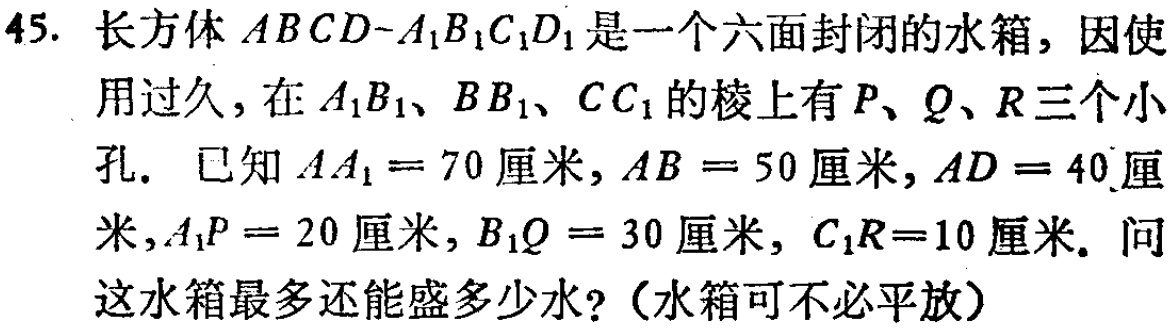
45. 长方体 \(ABCD - A_{1}B_{1}C_{1}D_{1}\) 是一个六面封闭的水箱，因使用过久，在 \(A_{1}B_{1}\)、\(BB_{1}\)、\(CC_{1}\) 的棱上有 \(P\)、\(Q\)、\(R\) 三个小孔. 已知 \(AA_{1}=70\) 厘米，\(AB = 50\) 厘米，\(AD = 40\) 厘米，\(A_{1}P = 20\) 厘米，\(B_{1}Q = 30\) 厘米，\(C_{1}R = 10\) 厘米. 问这水箱最多还能盛多少水?（水箱可不必平放）